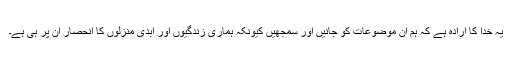
یہ خُدا کا ارادہ ہے کہ ہم اِن موضوعات کو جانیں اور سمجھیں کیونکہ ہماری زندگیوں اور ابدی منزلوں کا انحصار اِن پر ہی ہے۔